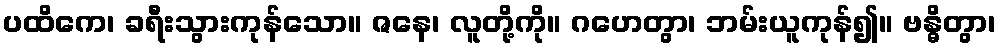
ပထိကေ၊ ခရီးသွားကုန်သော။ ဇနေ၊ လူတို့ကို။ ဂဟေတွာ၊ ဘမ်းယူကုန်၍။ ဗန္ဓိတွာ၊